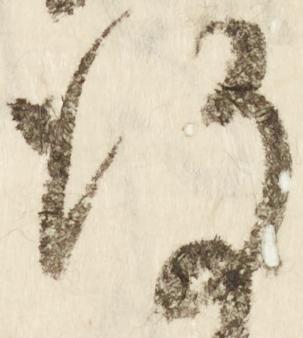
謹